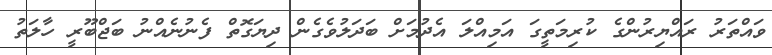
ވައްތަރު ރައްޔިރުންގެ ކުރިމަތީގަ އަމިއްލަ އެދުމަށް ބަދަލުވެގެން ދިޔަގޮތް ފެނުނެއްނު ބަޖްބޫރީ ހާލަތު